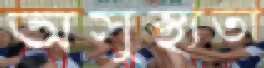
অসুস্থ্যতা